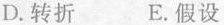
D.转折 E.假设